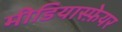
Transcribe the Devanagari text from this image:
मीडियास्फ़ेयर